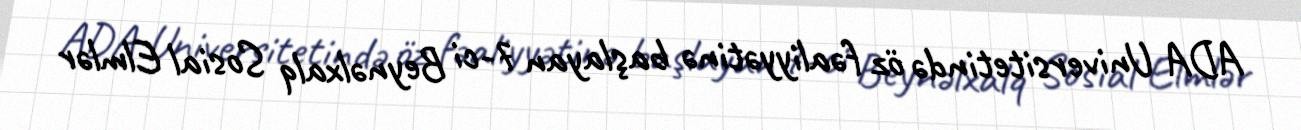
ADA Universitetində öz fəaliyyətinə başlayan 7-ci Beynəlxalq Sosial Elmlər